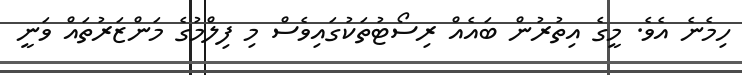
ހިމެނެ އެވެ. މީގެ އިތުރުން ބައެއް ރިސޯޓުތަކުގައިވެސް މި ފިލްމުގެ މަންޒަރުތައް ވަނީ